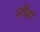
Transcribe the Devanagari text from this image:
लीब्रा